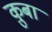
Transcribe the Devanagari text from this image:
क़ुबा